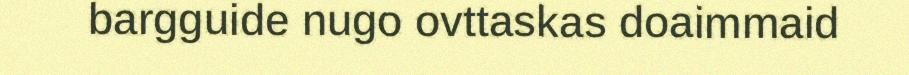
bargguide nugo ovttaskas doaimmaid